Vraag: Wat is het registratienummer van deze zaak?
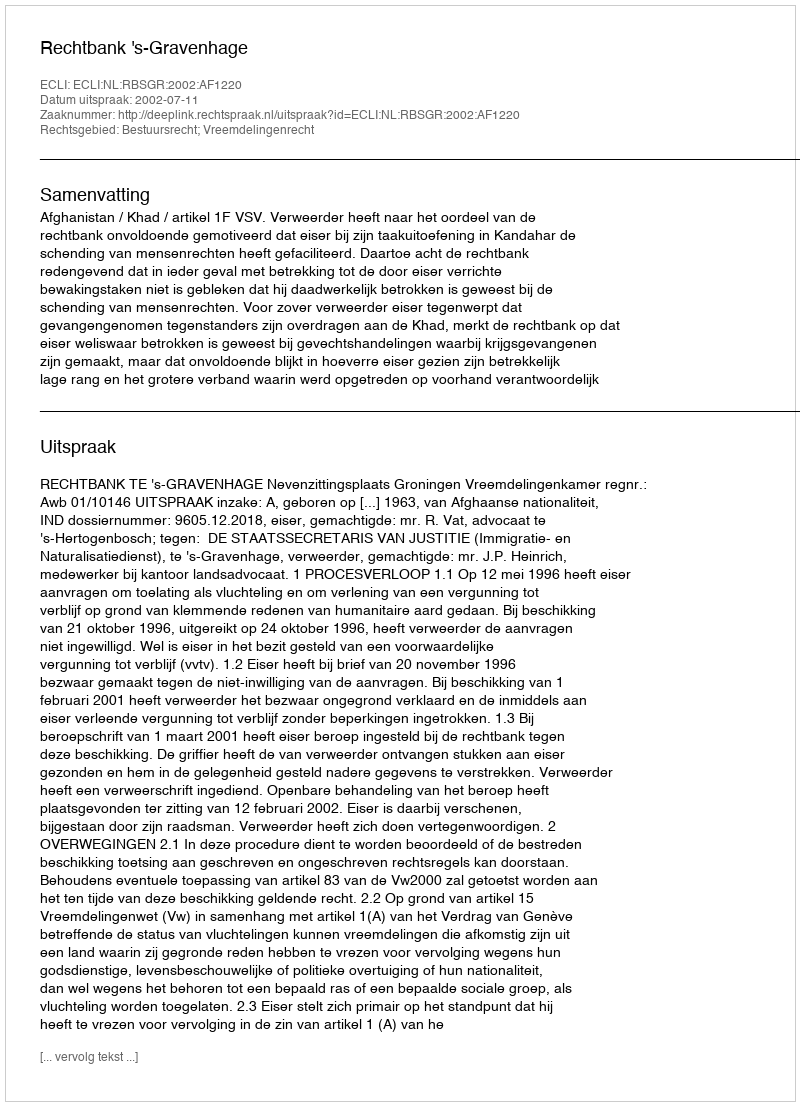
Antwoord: http://deeplink.rechtspraak.nl/uitspraak?id=ECLI:NL:RBSGR:2002:AF1220